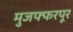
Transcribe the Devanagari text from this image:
मुजफ्फरपूर